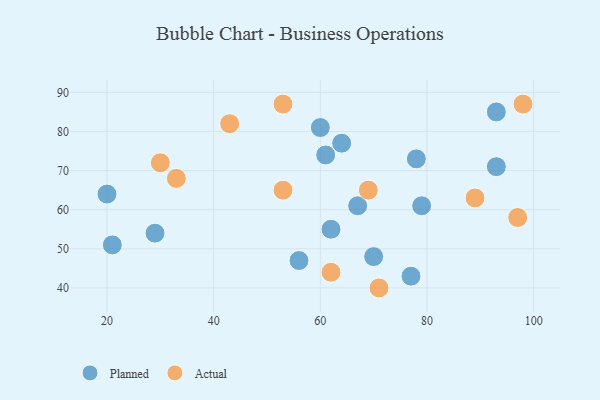
{"axis": {"x": "GDP", "y": "Life Expectancy"}, "legend": ["Actual", "Planned"], "data": [{"x": "62", "y": 55, "type": "Planned"}, {"x": "21", "y": 51, "type": "Planned"}, {"x": "79", "y": 61, "type": "Planned"}, {"x": "20", "y": 64, "type": "Planned"}, {"x": "56", "y": 47, "type": "Planned"}, {"x": "77", "y": 43, "type": "Planned"}, {"x": "70", "y": 48, "type": "Planned"}, {"x": "93", "y": 85, "type": "Planned"}, {"x": "78", "y": 73, "type": "Planned"}, {"x": "93", "y": 71, "type": "Planned"}, {"x": "61", "y": 74, "type": "Planned"}, {"x": "60", "y": 81, "type": "Planned"}, {"x": "67", "y": 61, "type": "Planned"}, {"x": "29", "y": 54, "type": "Planned"}, {"x": "64", "y": 77, "type": "Planned"}, {"x": "71", "y": 40, "type": "Actual"}, {"x": "43", "y": 82, "type": "Actual"}, {"x": "53", "y": 65, "type": "Actual"}, {"x": "33", "y": 68, "type": "Actual"}, {"x": "62", "y": 44, "type": "Actual"}, {"x": "98", "y": 87, "type": "Actual"}, {"x": "69", "y": 65, "type": "Actual"}, {"x": "89", "y": 63, "type": "Actual"}, {"x": "53", "y": 87, "type": "Actual"}, {"x": "97", "y": 58, "type": "Actual"}, {"x": "30", "y": 72, "type": "Actual"}]}